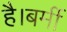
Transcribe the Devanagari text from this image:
है।बर्मी